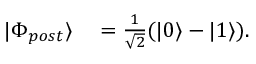
\begin{array} { r l } { | \Phi _ { p o s t } \rangle } & { { } = \frac { 1 } { \sqrt { 2 } } ( | 0 \rangle - | 1 \rangle ) . } \end{array}